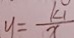
y = \frac { k 1 } { x }